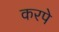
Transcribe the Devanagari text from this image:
करपे